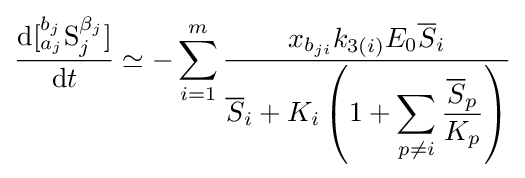
{\frac {{\mathrm {d} }[{_{a_{j}}^{b_{j}}}{\ce {S}}_{j}^{\beta _{j}}]}{{\mathrm {d} }t}}\simeq -\sum _{i=1}^{m}{\frac {x_{b_{ji}}{k}_{3(i)}E_{0}{\overline {S}}_{i}}{{\overline {S}}_{i}+K_{i}\left(1+\displaystyle \sum _{p\neq i}{\dfrac {{\overline {S}}_{p}}{K_{p}}}\right)}}